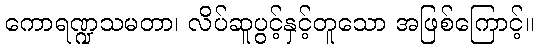
ကောရဏ္ဍသမတာ၊ လိပ်ဆူပွင့်နှင့်တူသော အဖြစ်ကြောင့်။